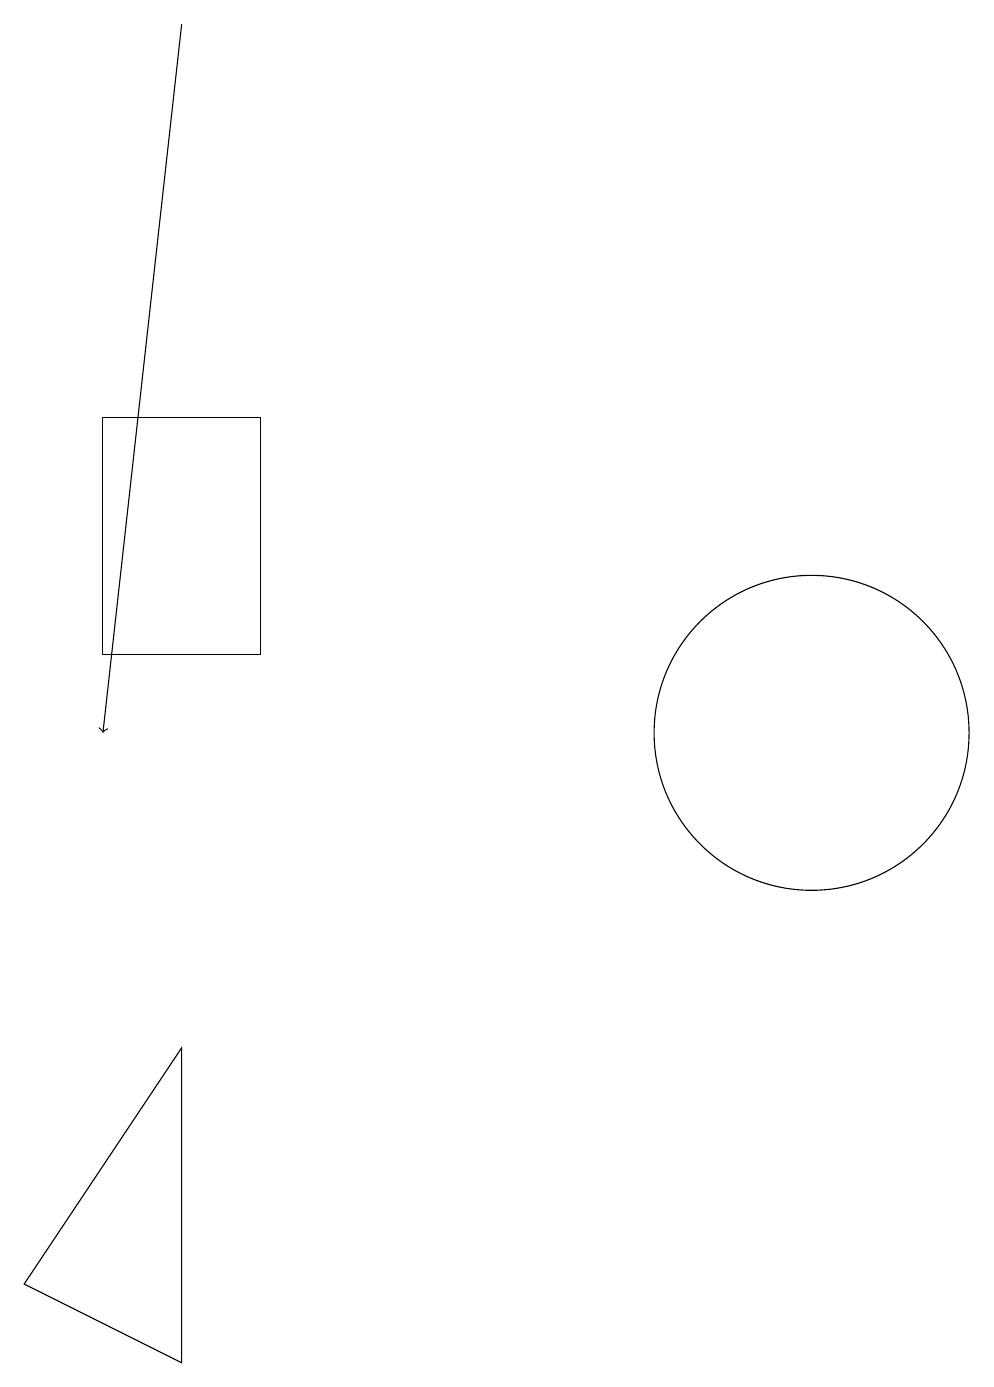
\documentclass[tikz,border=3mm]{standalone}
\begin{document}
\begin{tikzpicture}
\draw (5,11) rectangle (3,14);
\draw (12,10) circle (2);
\draw[->] (4,19) -- (3,10);
\draw (4,6) -- (2,3) -- (4,2) -- cycle;
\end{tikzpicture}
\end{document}